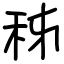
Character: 秭